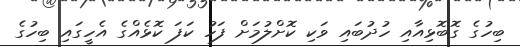
ބިހުގެ ގޮބޮޅިއާއި ހުދުބައި ވަކި ކޮށްލުމަށް ފަހު ކަފަ ކޮޅެއްގެ އެހީގައި ބިހުގެ